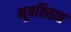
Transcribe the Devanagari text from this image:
भूषवितात